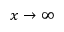
x \to \infty